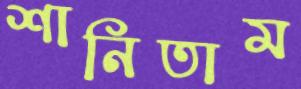
শানিতাম